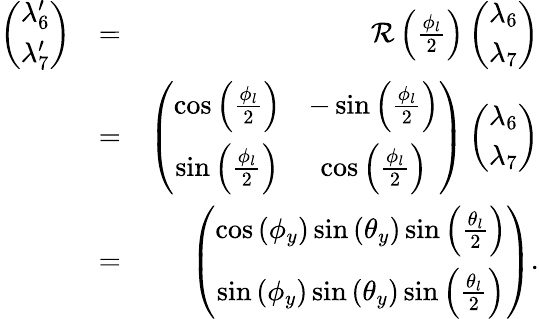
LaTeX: \begin{array}{rlr}{\left(\begin{array}{c}{\lambda_{6}^{\prime}}\\ {\lambda_{7}^{\prime}}\end{array}\right)}&{=}&{{\mathcal R}\left(\frac{\phi_{l}}{2}\right)\left(\begin{array}{c}{\lambda_{6}}\\ {\lambda_{7}}\end{array}\right)}\\ &{=}&{\left(\begin{array}{cc}{\cos\left(\frac{\phi_{l}}{2}\right)}&{-\sin\left(\frac{\phi_{l}}{2}\right)}\\ {\sin\left(\frac{\phi_{l}}{2}\right)}&{\cos\left(\frac{\phi_{l}}{2}\right)}\end{array}\right)\left(\begin{array}{c}{\lambda_{6}}\\ {\lambda_{7}}\end{array}\right)}\\ &{=}&{\left(\begin{array}{c}{\cos\left(\phi_{y}\right)\sin\left(\theta_{y}\right)\sin\left(\frac{\theta_{l}}{2}\right)}\\ {\sin\left(\phi_{y}\right)\sin\left(\theta_{y}\right)\sin\left(\frac{\theta_{l}}{2}\right)}\end{array}\right).}\end{array}